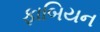
ફાબિયન